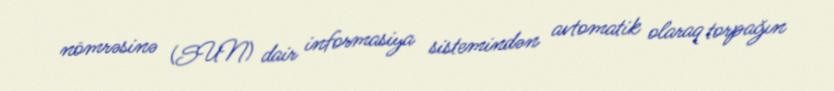
nömrəsinə (SUN) dair informasiya sistemindən avtomatik olaraq torpağın